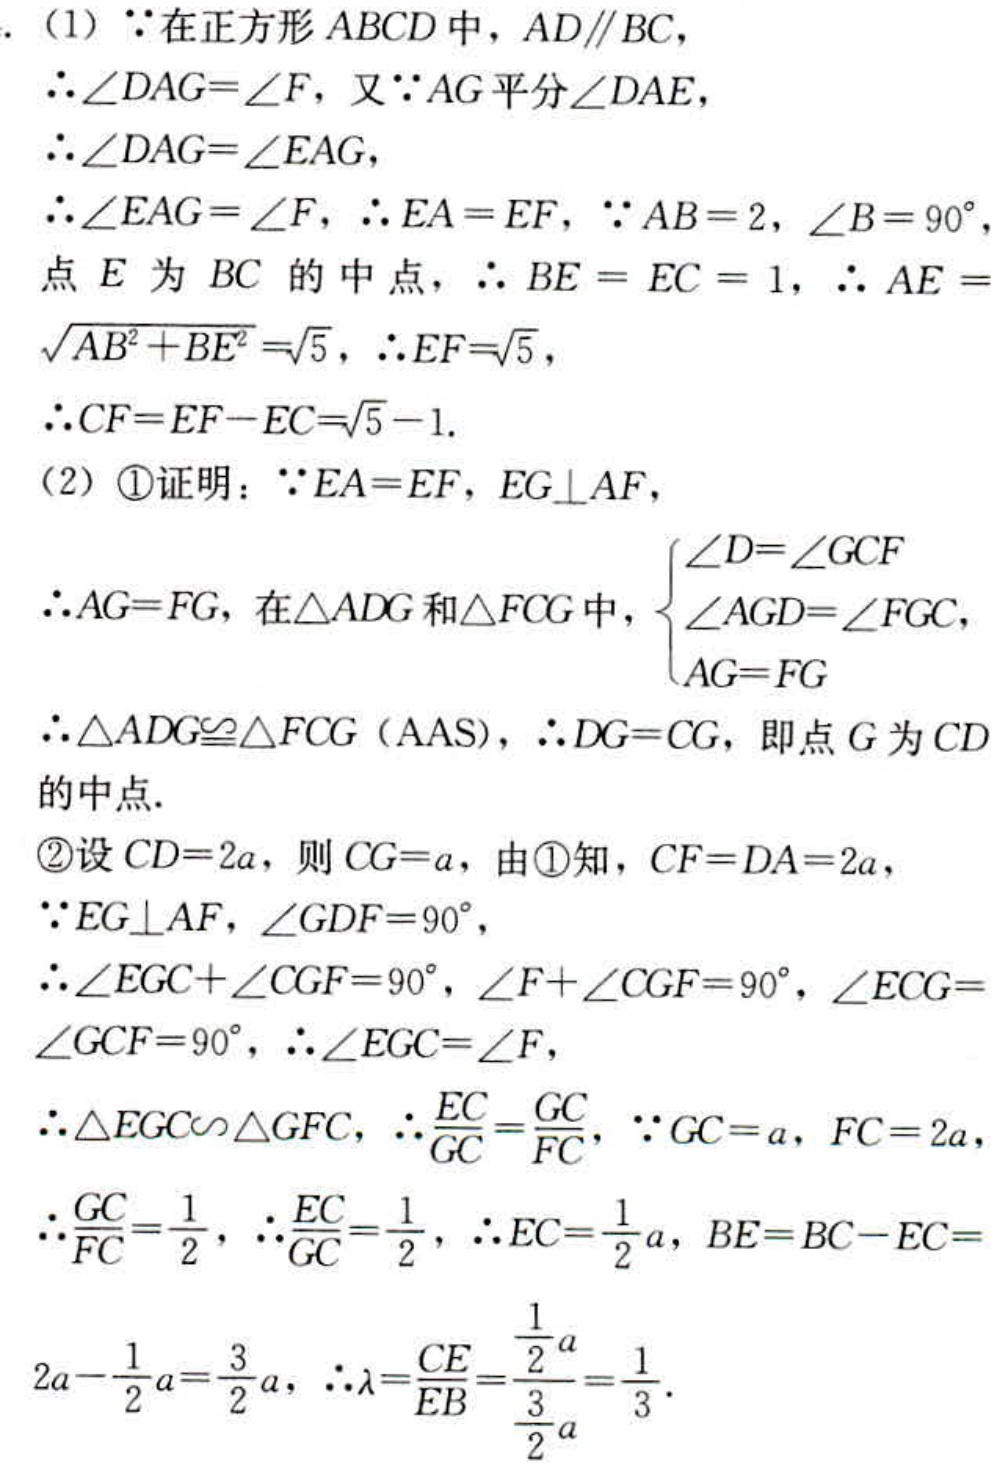
(1) $\because$在正方形$ABCD$中，$AD\parallel BC$，
$\therefore\angle DAG = \angle F$，又$\because AG$平分$\angle DAE$，
$\therefore\angle DAG=\angle EAG$，
$\therefore\angle EAG=\angle F$，$\therefore EA = EF$，$\because AB = 2$，$\angle B = 90^{\circ}$，点$E$为$BC$的中点，$\therefore BE = EC = 1$，$\therefore AE=\sqrt{AB^{2}+BE^{2}}=\sqrt{5}$，$\therefore EF = \sqrt{5}$，
$\therefore CF=EF - EC=\sqrt{5}-1$.
(2) \textcircled{1}证明：$\because EA = EF$，$EG\perp AF$，
$\therefore AG = FG$，在$\triangle ADG$和$\triangle FCG$中，$\begin{cases}\angle D=\angle GCF\\\angle AGD=\angle FGC\\AG = FG\end{cases}$
$\therefore\triangle ADG\cong\triangle FCG$（AAS），$\therefore DG = CG$，即点$G$为$CD$的中点.
\textcircled{2}设$CD = 2a$，则$CG = a$，由\textcircled{1}知，$CF = DA = 2a$，
$\because EG\perp AF$，$\angle GDF = 90^{\circ}$，
$\therefore\angle EGC+\angle CGF = 90^{\circ}$，$\angle F+\angle CGF = 90^{\circ}$，$\angle ECG=\angle GCF = 90^{\circ}$，$\therefore\angle EGC=\angle F$，
$\therefore\triangle EGC\sim\triangle GFC$，$\therefore\frac{EC}{GC}=\frac{GC}{FC}$，$\because GC = a$，$FC = 2a$，
$\therefore\frac{GC}{FC}=\frac{1}{2}$，$\therefore\frac{EC}{GC}=\frac{1}{2}$，$\therefore EC=\frac{1}{2}a$，$BE = BC - EC = 2a-\frac{1}{2}a=\frac{3}{2}a$，$\therefore\lambda=\frac{CE}{EB}=\frac{\frac{1}{2}a}{\frac{3}{2}a}=\frac{1}{3}$.